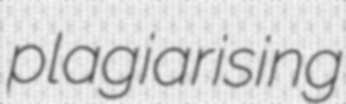
plagiarising